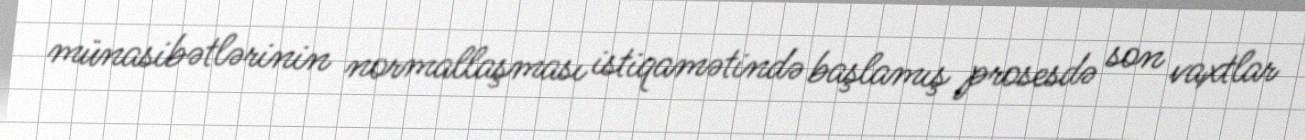
münasibətlərinin normallaşması istiqamətində başlamış prosesdə son vaxtlar